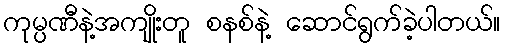
ကုမ္ပဏီနဲ့အကျိုးတူ စနစ်နဲ့ ဆောင်ရွက်ခဲ့ပါတယ်။